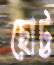
ছোট্ট